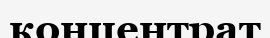
концентрат